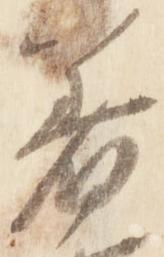
着